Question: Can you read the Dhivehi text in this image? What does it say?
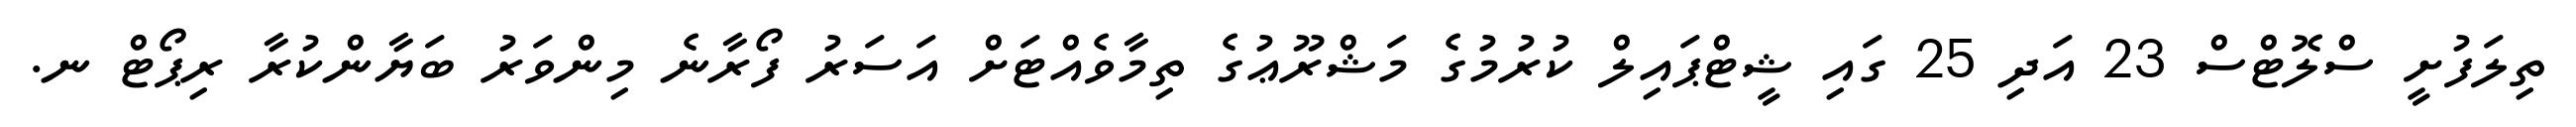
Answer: ތިލަފުށީ ސްލޮޓްސް 23 އަދި 25 ގައި ޝީޓްޕައިލް ކުރުމުގެ މަޝްރޫޢުގެ ތިމާވެއްޓަށް އަސަރު ފޯރާނެ މިންވަރު ބަޔާންކުރާ ރިޕޯޓް ނ.